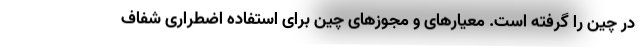
در چین را گرفته است. معیارهای و مجوزهای چین برای استفاده اضطراری شفاف